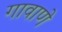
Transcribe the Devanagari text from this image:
गावाणे